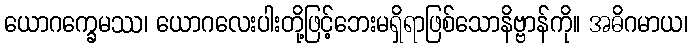
ယောဂက္ခေမဿ၊ ယောဂလေးပါးတို့ဖြင့်ဘေးမရှိရာဖြစ်သောနိဗ္ဗာန်ကို။ အဓိဂမာယ၊